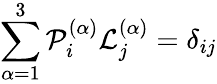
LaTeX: \sum_{\alpha=1}^{3}\mathcal{P}_{i}^{(\alpha)}\mathcal{L}_{j}^{(\alpha)}=\delta_{ij}